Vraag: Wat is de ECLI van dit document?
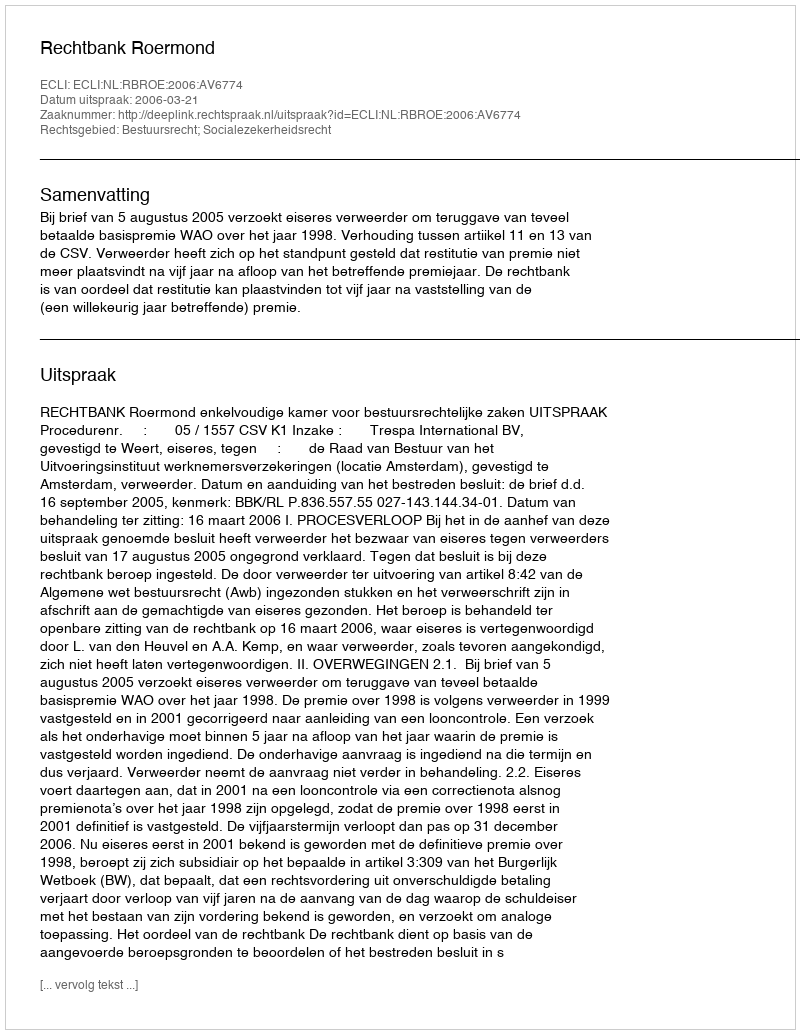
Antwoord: ECLI:NL:RBROE:2006:AV6774